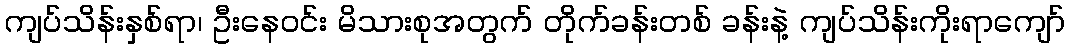
ကျပ်သိန်းနှစ်ရာ၊ ဦးနေဝင်း မိသားစုအတွက် တိုက်ခန်းတစ် ခန်းနဲ့ ကျပ်သိန်းကိုးရာကျော်